system: You are a helpful assistant.
user:
Analyze the provided spectrum to determine if it is a **S-type Star**.

- **Key Indicators for S-type Star:**

    - **(Overall Spectrum Shape):** The first and most obvious characteristic is the overall continuum (the "baseline" shape). It is **extremely "red-sloping,"** meaning the flux (light intensity) is very low on the left side (blue, ~4000-4500 Å) and rises steeply and continuously toward the right side (red, ~7000 Å+).

    - **(Primary):** The spectrum is defined by the presence of strong, broad molecular absorption "valleys" (bands) from **Zirconium Oxide (ZrO)**. The identification of these bands is the **primary requirement** for classifying a star as S-type.
        - **(Key Bandheads):** You must find distinct, deep "dips" where the light has been absorbed. The most critical band systems to locate are:
            - **~6474 Å** ($\gamma$-system): This is often the strongest and clearest ZrO feature, found in the red part of the spectrum.
            - **~5718 Å** & **~5551 Å** ($\beta$-system): A pair of prominent absorption features in the yellow-orange part of the spectrum.
            - **~4640 Å** ($\alpha$-system): A key absorption band system in the blue-green region of the spectrum.

    - **(Secondary Confirmation):** The classification is strengthened by finding additional absorption bands from other related heavy element oxides, which are expected to be present alongside ZrO.
        - **(Key Bandheads):**
            - **Yttrium Oxide (YO):** Look for absorption dips near **~4800 Å** and **~6100 Å**.
            - **Lanthanum Oxide (LaO):** Additional absorption features, particularly in the red-orange part of the spectrum, are also characteristic.

    - **(Line Profile):** The combination of the steep red continuum and these numerous, deep molecular bands (ZrO, YO, etc.) gives the entire spectrum a very **"chopped-up"** or **"bumpy"** appearance. Instead of a smooth curve, the spectrum looks as though large, wide chunks of light have been "carved out" of it at the specific wavelengths listed above.

Think first, call **spectral_visualization_tool** if needed to examine features in detail, then provide your final answer. Your response must adhere to the following strict rules:
1.  **Overall Structure:** Your response must follow the format `<think>...</think> <tool_call>...</tool_call> (if a tool is used) <answer>...</answer>`.
2.  **Tool Usage Constraint:** You may only make **one** tool call per turn.
3.  **Final Answer Format:** In the `<answer>` tag, your conclusion must be inside a `\boxed{}` command (e.g., `\boxed{YES}` or `\boxed{NO}`), followed by your justification.

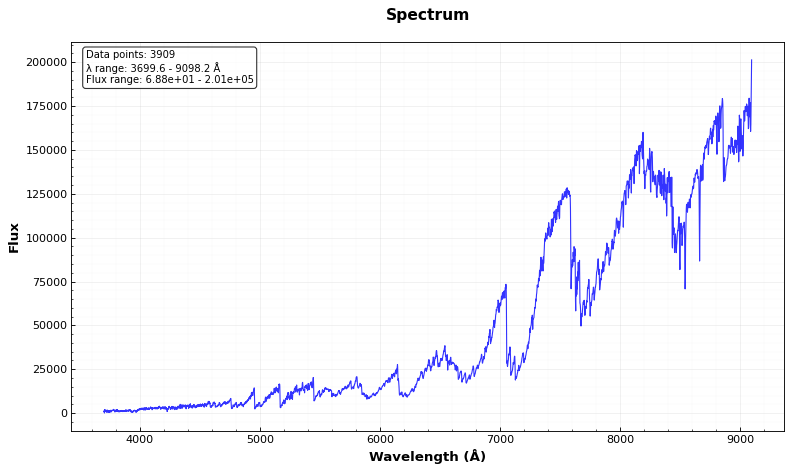
Answer: NO